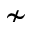
\nsim